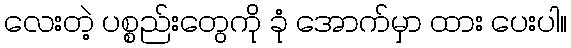
လေးတဲ့ ပစ္စည်းတွေကို ခုံ အောက်မှာ ထား ပေးပါ။